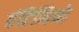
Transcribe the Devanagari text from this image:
एंटिनियो